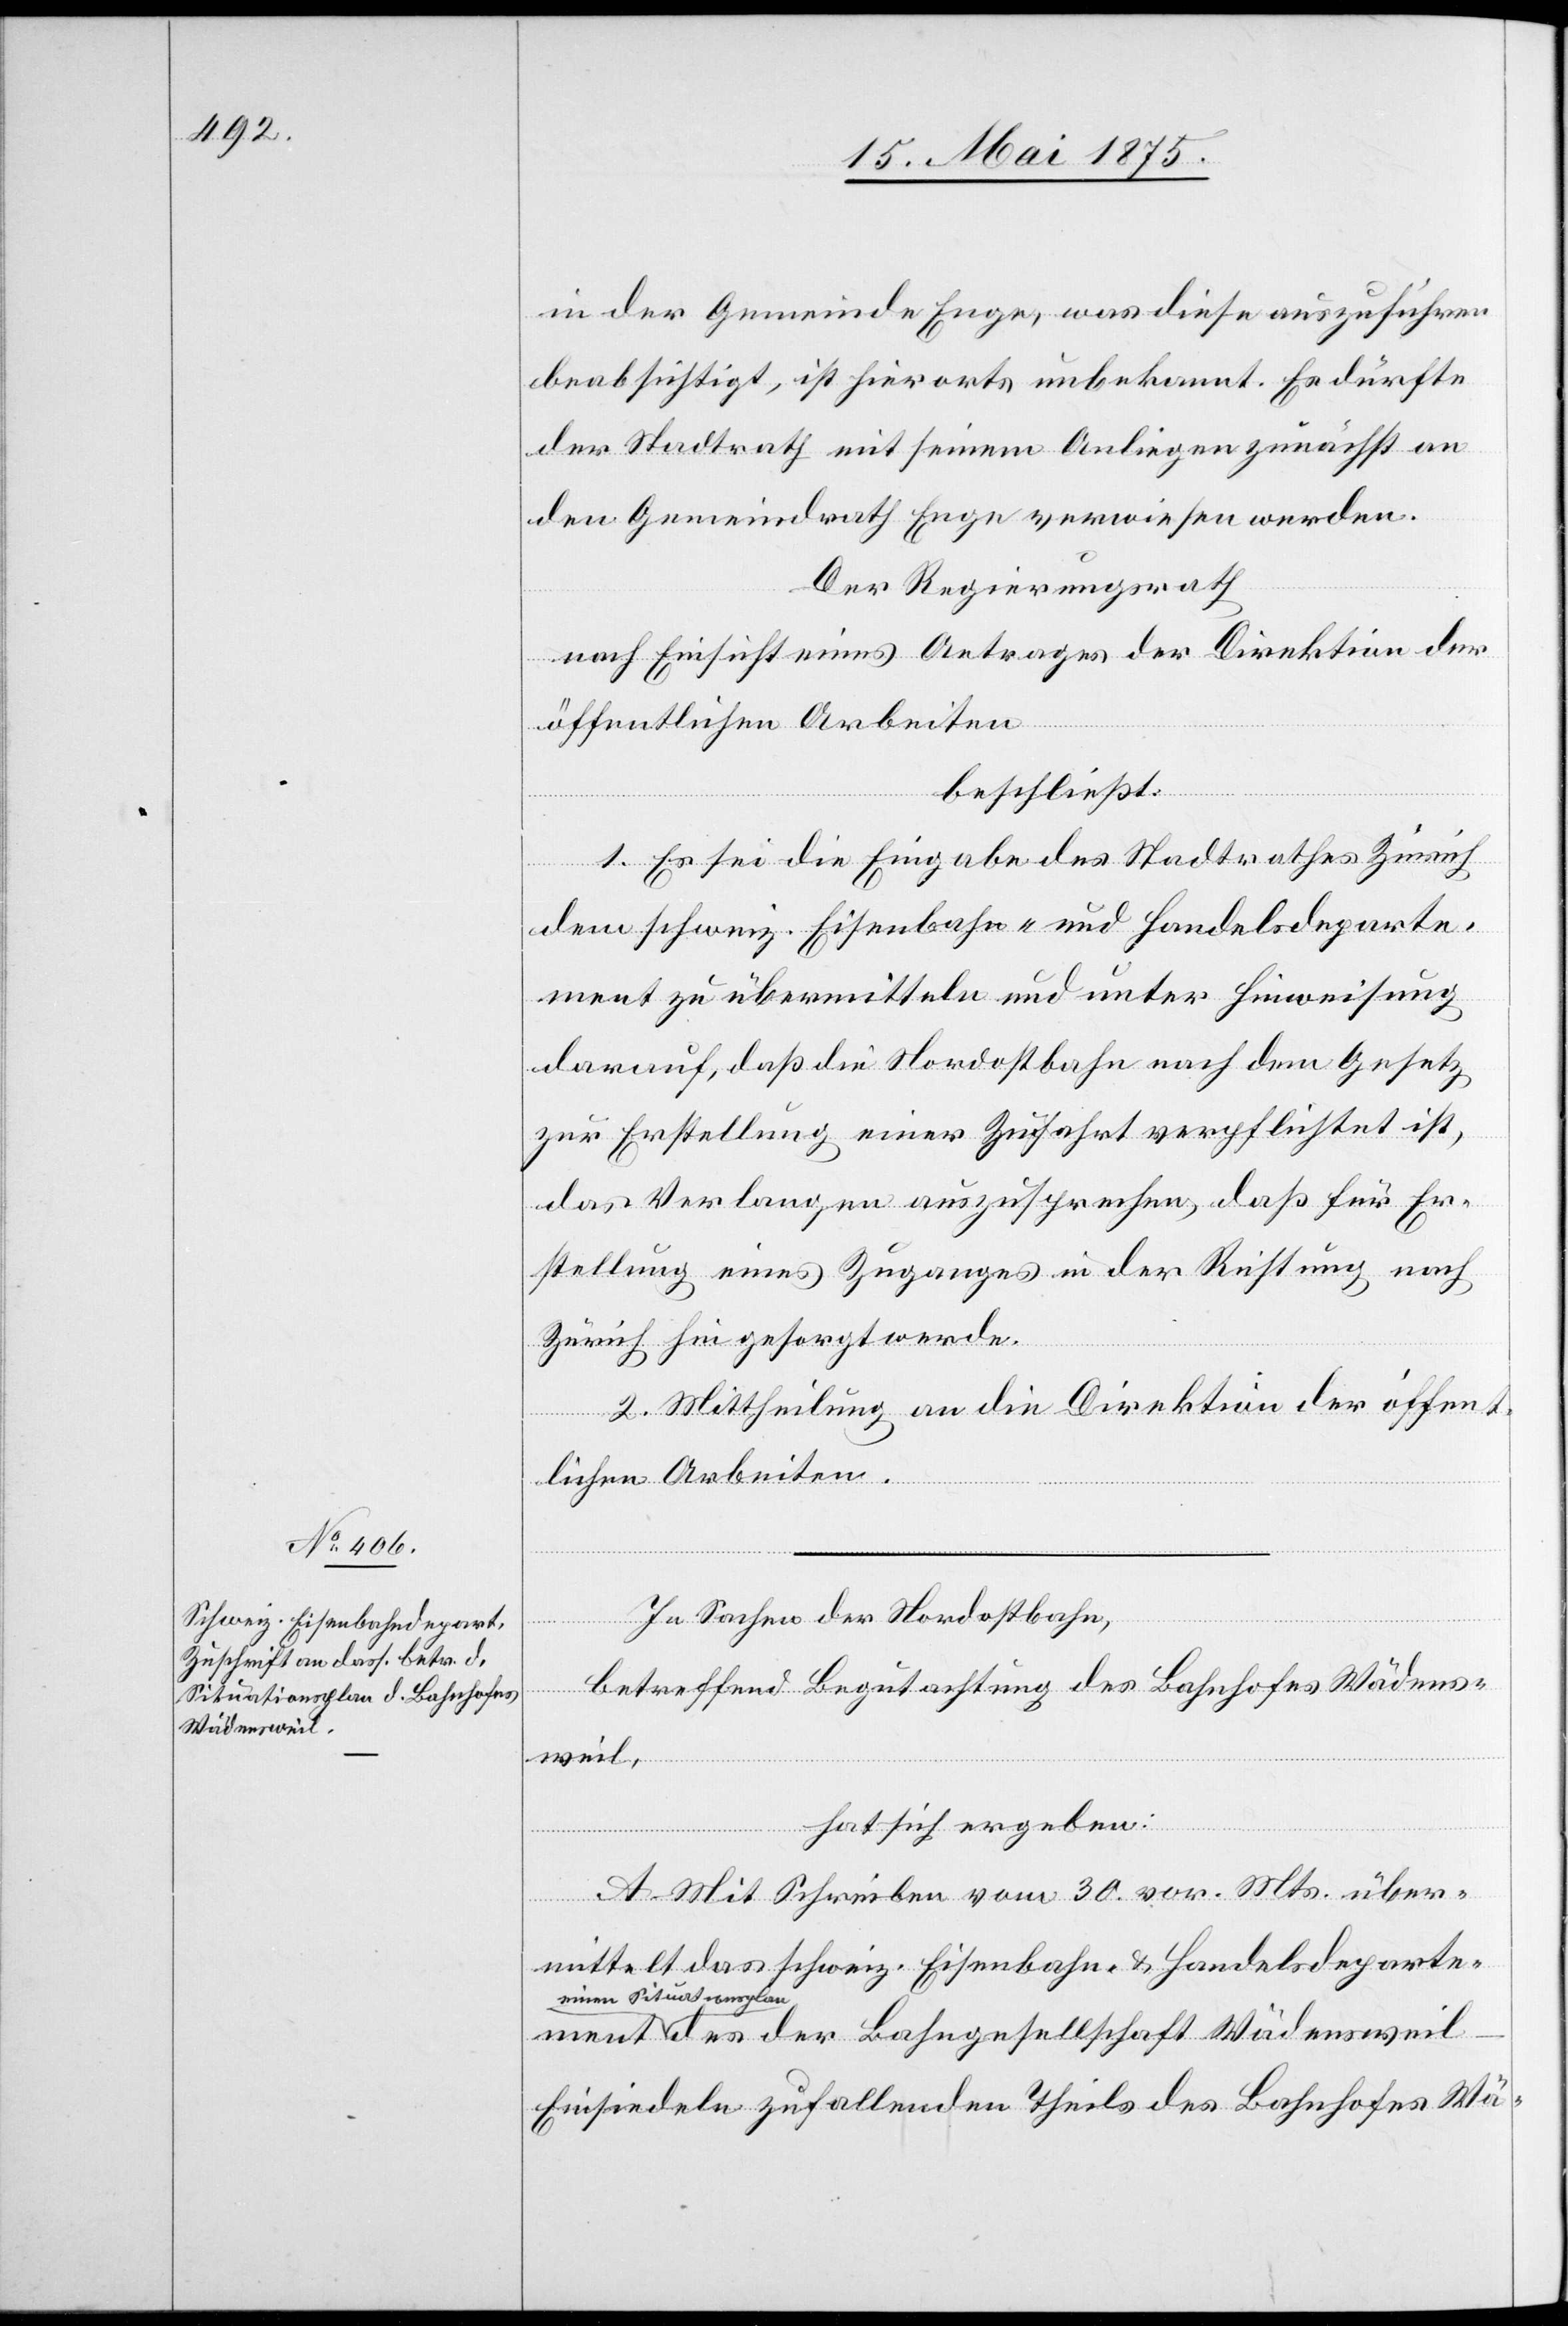
in der Gemeinde Enge, was diese auszuführen
beabsichtigt, ist hierorts unbekannt. Es dürfte
der Stadtrath mit seinem Anliegen zunächst an
den Gemeindrath Enge verwiesen werden.
Der Regierungsrath,
nach Einsicht eines Antrages der Direktion der
öffentlichen Arbeiten,
beschließt:
1. Es sei die Eingabe des Stadtrathes Zürich
dem schweiz. Eisenbahn- und Handelsdeparte¬
ment zu übermitteln und unter Hinweisung
darauf, daß die Nordostbahn nach dem Gesetz
zur Erstellung einer Zufahrt verpflichtet ist,
das Verlangen auszusprechen, daß für Er¬
stellung eines Zuganges in der Richtung nach
Zürich hin gesorgt werde.
2. Mittheilung an die Direktion der öffent¬
lichen Arbeiten.
In Sachen der Nordostbahn,
ment
betreffend Begutachtung des Bahnhofes Wädens¬
weil,
hat sich ergeben:
A. Mit Schreiben vom 30. vor. Mts. über¬
mittelt das schweiz. Eisenbahn- & Handelsdeparte¬
einen Situationspla¬
n des der Bahngesellschaft Wädenswei¬
l–Einsiedeln zufallenden Theils des Bahnhofes Wä-